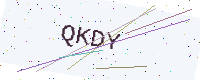
Text: QKDY